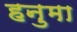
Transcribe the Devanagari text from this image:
हनुमा